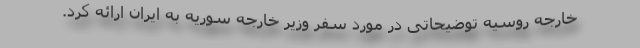
خارجه روسیه توضیحاتی در مورد سفر وزیر خارجه سوریه به ایران ارائه کرد‌.